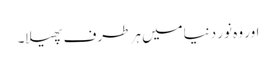
اور وہ نور دنیامیں ہر طرف پھیلا۔